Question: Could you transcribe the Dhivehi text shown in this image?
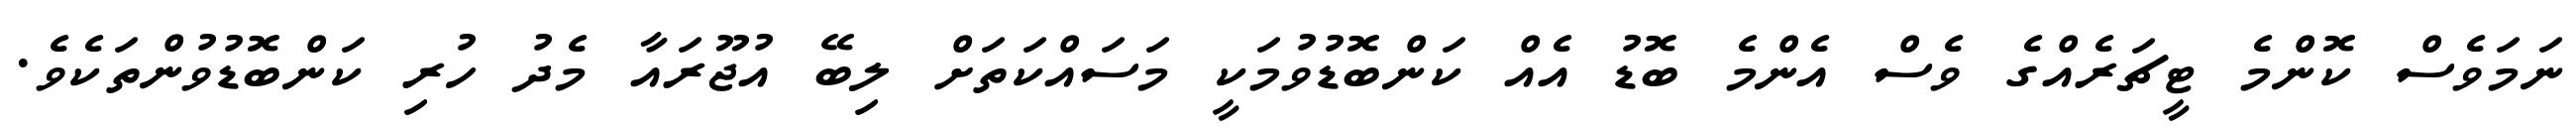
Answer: ނަމަވެސް ކޮންމެ ޓީޗަރެއްގެ ވެސް އެންމެ ބޮޑު އެއް ކަންބޮޑުވުމަކީ މަސައްކަތަށް ލިބޭ އުޖޫރައާ މެދު ހުރި ކަންބޮޑުވުންތަކެވެ.